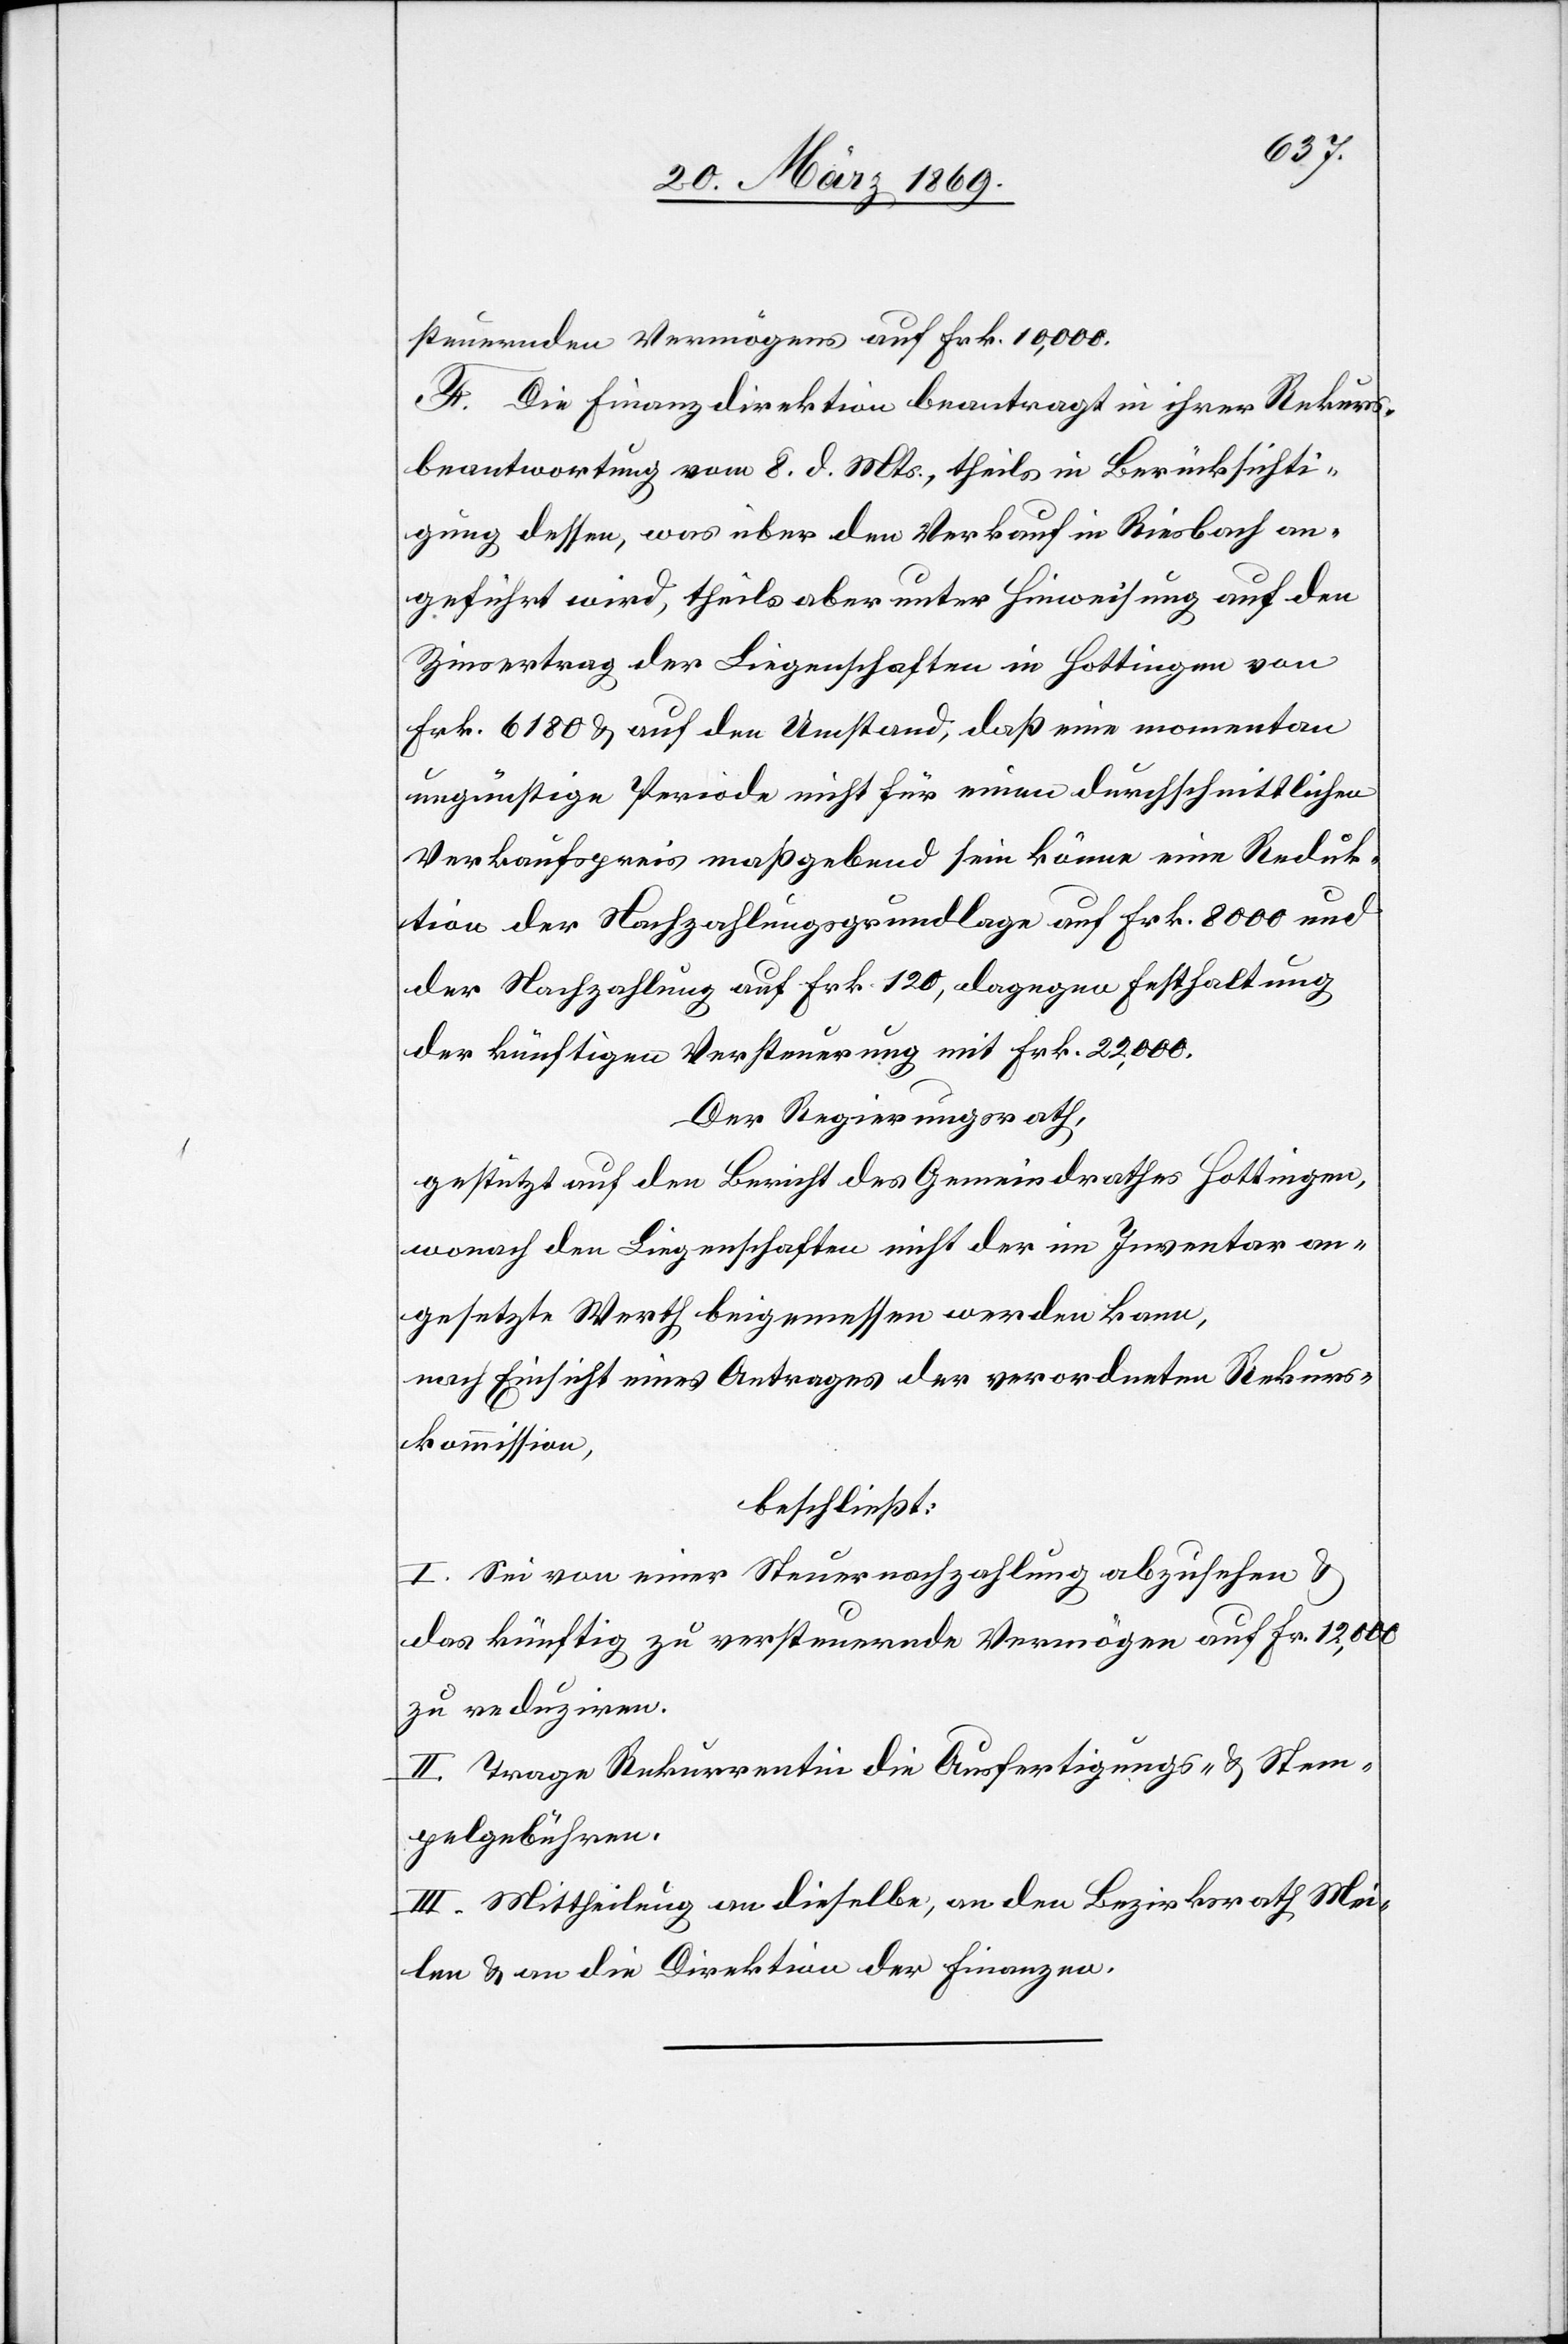
steuernden Vermögens auf Frk. 10,000.
F. Die Finanzdirektion beantragt in ihrer Rekurs¬
beantwortung vom 8. d. Mts., theils in Berücksichti¬
gung dessen, was über den Verkauf in Riesbach an¬
geführt wird, theils aber unter Hinweisung auf den
Zinsertrag der Liegenschaften in Hottingen von
Frk 6180 & auf den Umstand, daß eine momentan
ungünstige Periode nicht für einen durchschnittlichen
Verkaufspreis maßgebend sein könne eine Reduk¬
tion der Nachzahlungsgrundlage auf Frk. 8000 und
der Nachzahlung auf Frk. 120, dagegen Festhaltung
der künftigen Versteuerung mit Frk. 22,000.
Der Regierungsrath,
gestützt auf den Bericht des Gemeindrathes Hottingen,
wonach den Liegenschaften nicht der im Inventar an¬
gesetzte Werth beigemessen werden kann,
nach Einsicht eines Antrages der verordneten Rekurs¬
kommission,
beschließt:
I. Sei von einer Steuernachzahlung abzusehen &
das künftig zu versteuernde Vermögen auf Fr. 12,000
zu reduziren.
II. Trage Rekurrentin die Ausfertigungs- & Stem¬
pelgebühren.
III. Mittheilung an dieselbe, an den Bezirksrath Mei¬
len & an die Direktion der Finanzen.